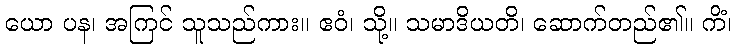
ယော ပန၊ အကြင် သူသည်ကား။ ဧဝံ၊ သို့။ သမာဒိယတိ၊ ဆောက်တည်၏။ ကိံ၊